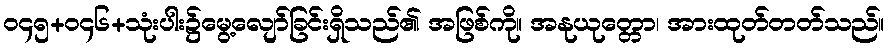
ဝ၄၅+ဝ၄၆+သုံးပါး၌မွေ့လျော်ခြင်းရှိသည်၏ အဖြစ်ကို။ အနုယုတ္တော၊ အားထုတ်တတ်သည်။